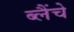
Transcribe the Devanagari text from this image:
ब्लैंचे